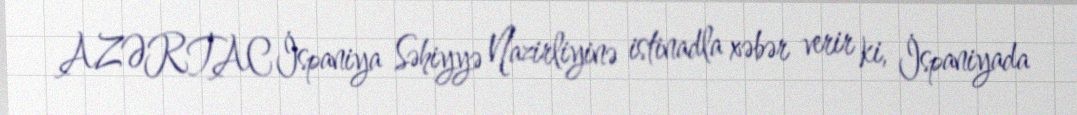
AZƏRTAC İspaniya Səhiyyə Nazirliyinə istinadla xəbər verir ki, İspaniyada